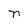
Character: n